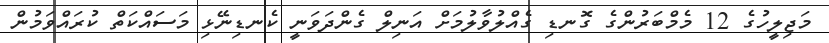
މަޖިލީހުގެ 12 މެމްބަރުންގެ ގޮނޑި ގެއްލުވާލުމަށް އަނިލް ގެންދަވަނީ ކެނޑިނޭޅި މަސައްކަތް ކުރައްވަމުން